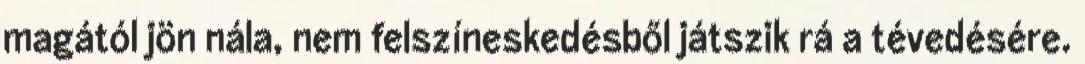
magától jön nála, nem felszíneskedésből játszik rá a tévedésére.